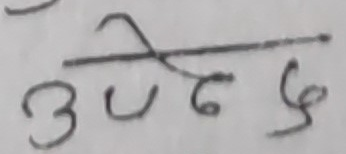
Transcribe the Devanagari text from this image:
उत्तेज